Lunatic asylums in Bengal annual reports 1912-1924 - 1912-1924
Year: 1912
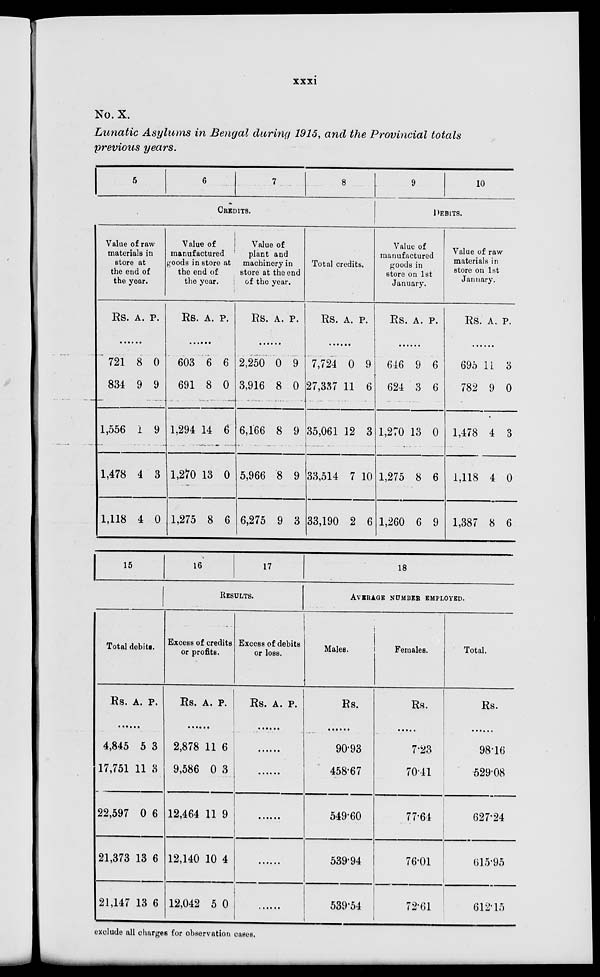
xxxi
No. X.
Lunatic Asylums in Bengal during 1915, and the Provincial totals
previous years.
5
6
7
8
CREDITS.
Value of raw
materials in
store at
the end of
the year.
Rs.
721
834
1,556
1,478
1,118
A.
8
9
1
4
4
P.
0
9
9
3
0
Value of
manufactured
goods in store at
the end of
the year.
Rs.
603
691
1,294
1,270
1,275
A.
6
8
14
13
8
P.
6
0
6
0
6
Value of
plant and
machinery in
store at the end
of the year.
Rs.
2,250
3,916
6,166
5,966
6,275
A.
0
8
8
8
9
P.
9
0
9
9
3
Total credits.
Rs.
7,724
27,337
35,061
33,514
33,190
A.
0
11
12
7
2
P.
9
6
3
10
6
9
10
DEBITS
Value of
manufactured
goods in
store on 1st
January.
Rs.
646
624
1,270
1,275
1,260
A.
9
3
13
8
6
P.
6
6
0
6
9
Value of raw
materials in
store on 1st
January.
Rs.
695
782
1,478
1,118
1,387
A.
11
9
4
4
8
P.
3
0
3
0
6
15
Total debits.
Rs. A. P.
.......
4,845
17,751
22,597
21,373
21,147
5
11
0
13
13
3
3
6
6
6
16
17
RESULTS.
Excess of credits
or profits.
Rs. A. P.
.......
2,878
9,586
12,464
12,140
12,042
11
0
11
10
5
6
3
9
4
0
Excess of debits
or loss.
Rs. A. P.
.......
.......
.......
.......
.......
.......
18
AVERAGE NUMBER EMPLOYED.
Males.
Rs.
.......
90.93
458.67
549.60
539.94
539.54
Females.
Rs.
.......
7.23
70.41
77.64
76.01
72.61
Total.
Rs.
.......
98.16
529.08
627.24
615.95
612.15
exclude all charges for observation cases.